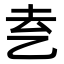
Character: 𬼝